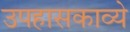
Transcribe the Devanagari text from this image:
उपहासकाव्ये